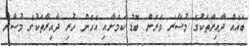
ބައެއް ދާއިރާތަކުގެ މުސާރަ ވަރަށް ބޮޑު ކަމަށާއި އެހެން ހުރި ދާއިރާތަކުގެ މުސާރަ